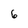
Character: 6